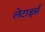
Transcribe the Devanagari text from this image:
लेटार्ड्स